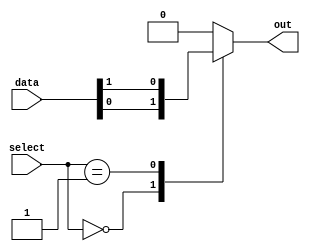
module multiplexer_64to1 (
  input [63:0] data,
  input [5:0] select,
  output reg out
);

always @ (*) begin
  case (select)
    6'b000000: out = data[0];
    6'b000001: out = data[1];
    // Continue with cases for data[2] to data[63]
    default: out = 1'b0; // Default case
  endcase
end

endmodule